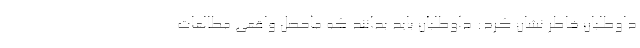
داوطلبان خاطر نشان کرد: داوطلبان باید بدانند که ماحصل واقعی مطالعات